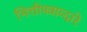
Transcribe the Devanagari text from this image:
भित्तीपत्राव्दारे